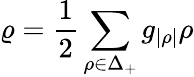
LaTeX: \varrho={\frac{1}{2}}\sum_{\rho\in\Delta_{+}}g_{|\rho|}\rho